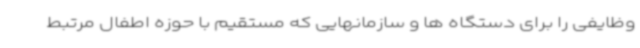
وظایفی را برای دستگاه ها و سازمانهایی که مستقیم با حوزه اطفال مرتبط